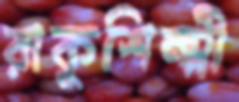
রাকুশিল্পী